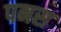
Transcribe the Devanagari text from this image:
पनस